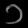
Digit: ၁